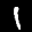
Label: 1